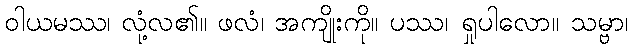
ဝါယမဿ၊ လုံ့လ၏။ ဖလံ၊ အကျိုးကို။ ပဿ၊ ရှုပါလော။ သမ္ဗာ၊